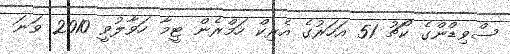
ސްވިޑްންގެ ކޯޗު 51 އަހަރުގެ އެރިކް ހަމްރެން ޓީމާ ހަވާލުވީ 2010 ވަނަ